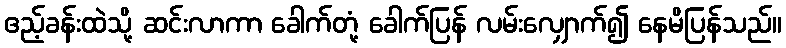
ဧည့်ခန်းထဲသို့ ဆင်းလာကာ ခေါက်တုံ့ ခေါက်ပြန် လမ်းလျှောက်၍ နေမိပြန်သည်။